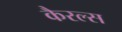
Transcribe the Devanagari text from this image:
कैरल्स